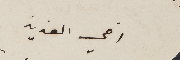
اخي العزيز